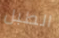
الطبل